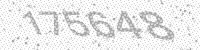
Solution: 175648